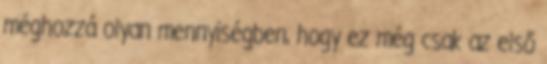
méghozzá olyan mennyiségben, hogy ez még csak az első